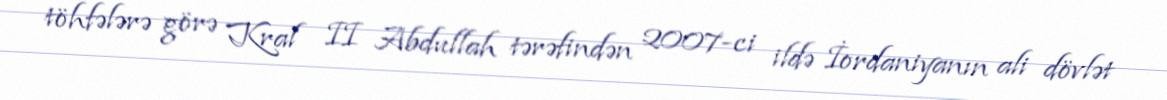
töhfələrə görə Kral II Abdullah tərəfindən 2007-ci ildə İordaniyanın ali dövlət